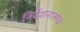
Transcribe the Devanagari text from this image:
निर्देशनात्मक